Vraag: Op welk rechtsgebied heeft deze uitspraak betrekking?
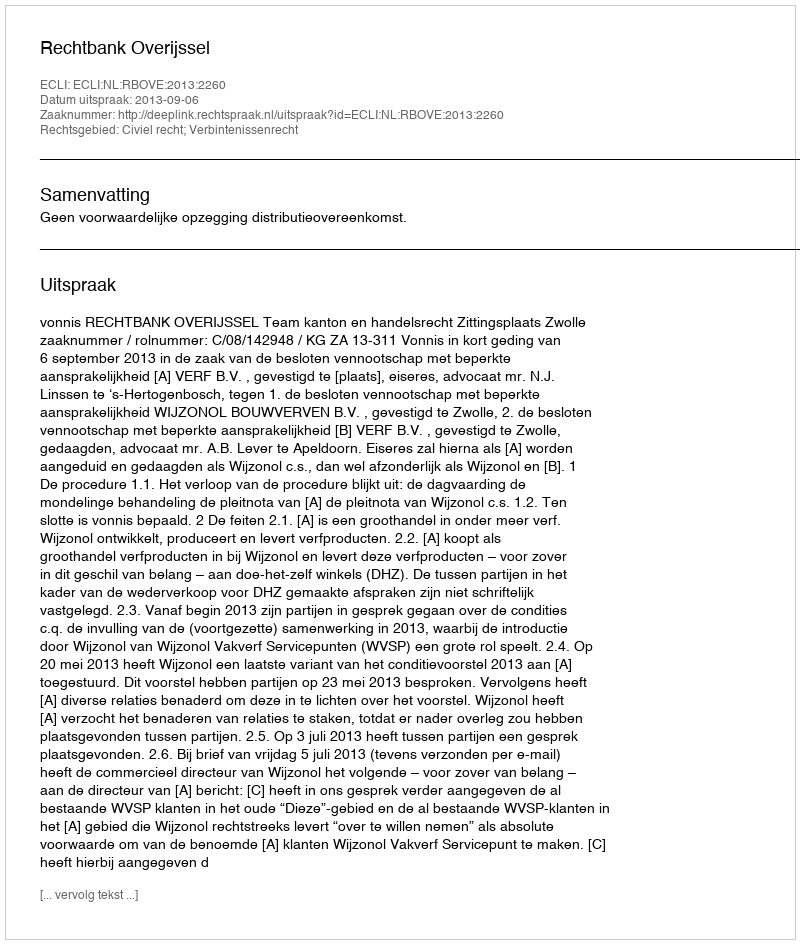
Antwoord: Civiel recht; Verbintenissenrecht